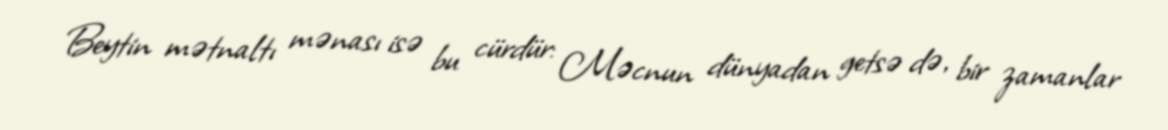
Beytin mətnaltı mənası isə bu cürdür: Məcnun dünyadan getsə də, bir zamanlar